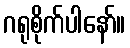
ဂရုစိုက်ပါနော်။